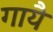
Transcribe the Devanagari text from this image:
गायै